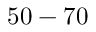
5 0 - 7 0 \